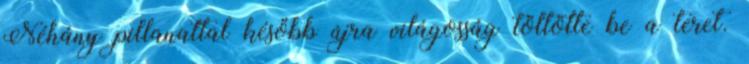
Néhány pillanattal később újra világosság töltötte be a teret.